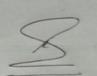
Signature authenticity: genuine